Report on the working of the Ranchi Indian Mental Hospital, Kanke, in Bihar and Orissa - 1930-1940
Year: 1930
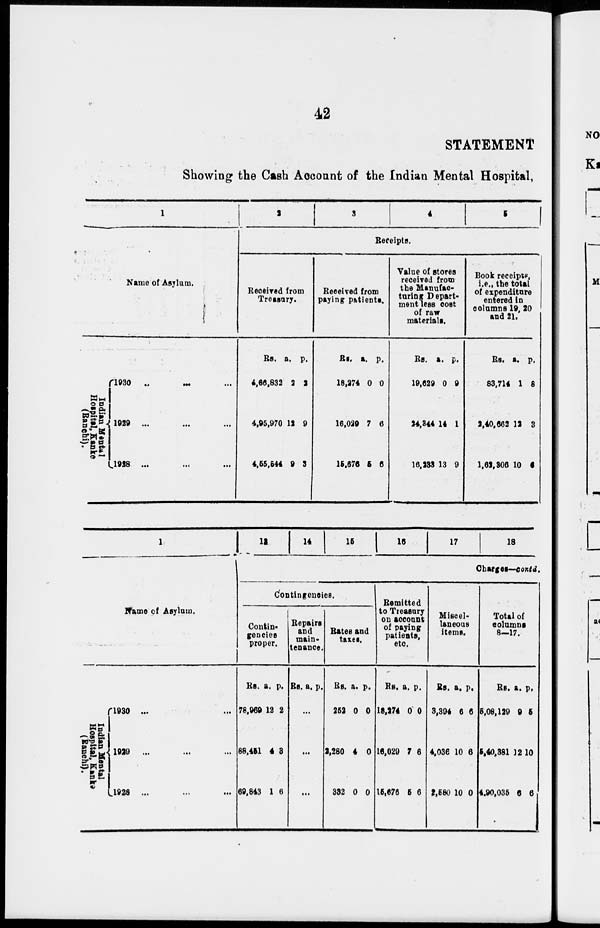
42
STATEMENT
Showing the Cash Account of the Indian Mental Hospital,
1
Name of Asylum.
Indian Mental
Hospital, Kanke
(Ranchi).
1930 ... ... ...
1929 ... ... ...
1928 ...
...
...
2
3
4
5
Receipts.
Received from
Treasury.
Rs.
4,66,832
4,95,970
4,55,544
a.
2
12
9
p.
2
9
3
Received from
paying patients.
Rs.
18,274
16,029
15,676
a.
0
7
5
p.
0
6
6
Value of stores
received from
the Manufac-
turing Depart-
ment less cost
of raw
materials.
Rs.
19,629
24,844
16,233
a.
0
14
13
p.
9
1
9
Book receipts,
i.e., the total
of expenditure
entered in
columns 19, 20
and 21.
Rs.
83,714
2,40,662
1,62,806
a.
1
12
10
p.
8
3
6
1
Name of Asylum.
Indian Mental
Hospital, Kanke
(Ranchi).
1930 ... ... ...
1929 ... ... ...
1928 ... ... ...
13 14 15
16
17
18
Charges—contd.
Contingencies.
Contin-
gencies
proper.
Rs.
78,969
88,451
69,843
a.
12
4
1
p.
2
3
6
Repairs
and
main-
tenance.
Rs. a. p.
...
...
...
Rates and
taxes.
Rs.
252
2,280
332
a.
0
4
0
p.
0
0
0
Remitted
to Treasury
on account
of paying
patients,
etc.
Rs.
18,274
16,029
15,676
a.
0
7
5
p.
0
6
6
Miscel-
laneous
items.
Rs.
3,394
4,036
2,580
a.
6
10
10
p.
6
6
0
Total of
columns
8—17.
Rs.
5,08,129
5,40,381
4,90,035
a.
9
12
6
p.
5
10
6